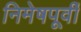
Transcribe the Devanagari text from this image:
निमेषपूर्वी